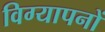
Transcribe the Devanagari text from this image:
विग्यापनों